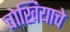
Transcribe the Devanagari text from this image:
चोखियाचे